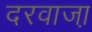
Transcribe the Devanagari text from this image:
दरवाजा़